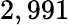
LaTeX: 2,991